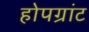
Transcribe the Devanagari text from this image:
होपग्रांट